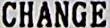
CHANGE